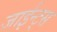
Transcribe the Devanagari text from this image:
जाईन्ट्स